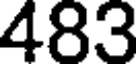
483